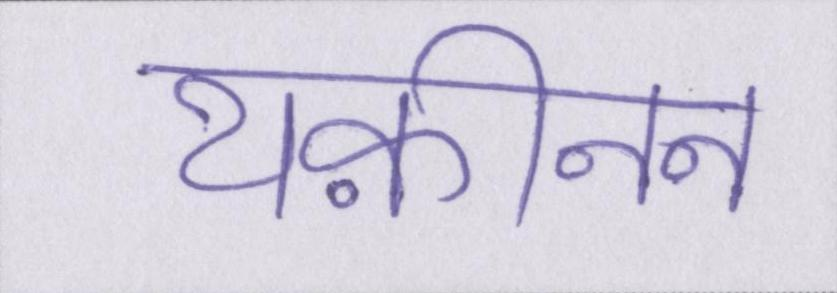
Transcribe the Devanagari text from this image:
यक़ीनन